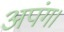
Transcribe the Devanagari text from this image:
अपंग।